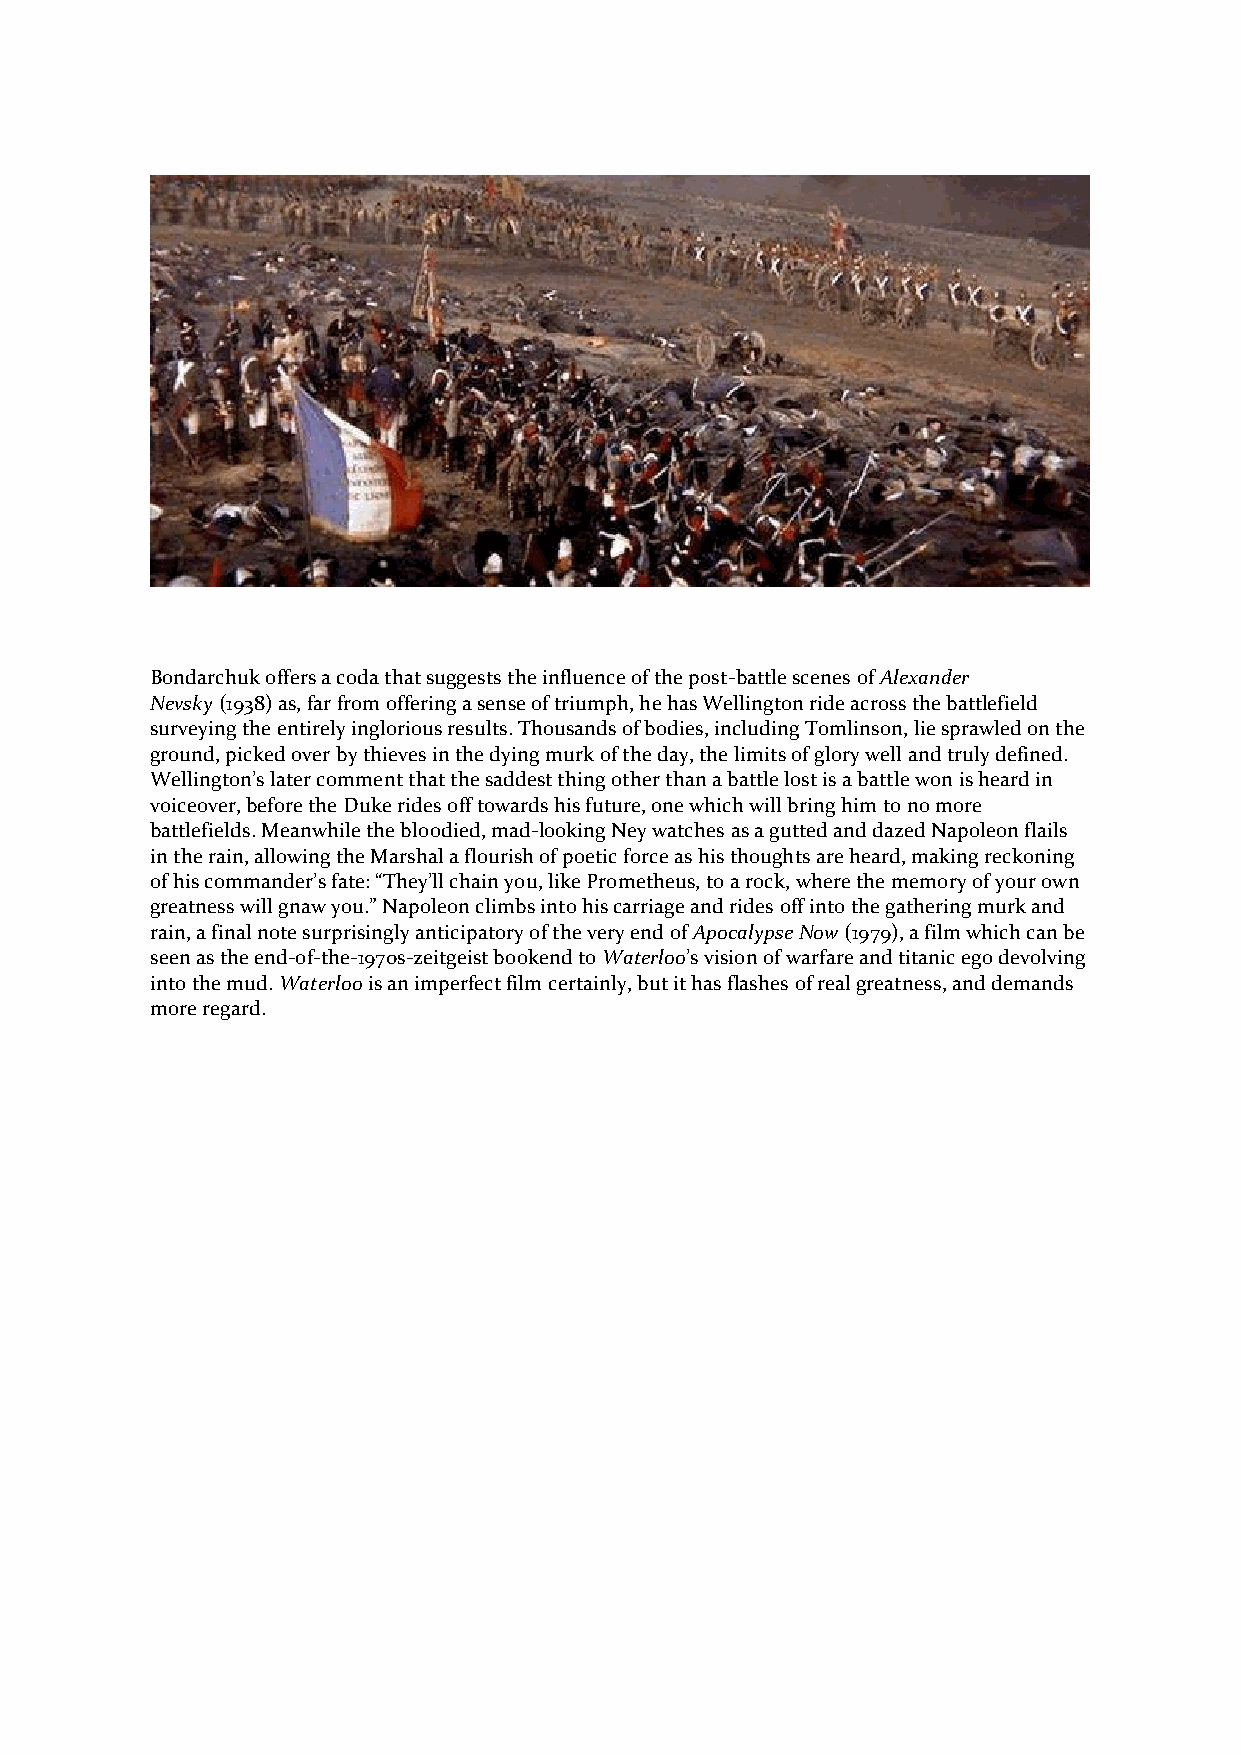
Bondarchuk offers a coda that suggests the influence of the post-battle scenes of Alexander
 Nevsky (1938) as, far from offering a sense of triumph, he has Wellington ride across the battlefield
 surveying the entirely inglorious results. Thousands of bodies, including Tomlinson, lie sprawled on the
 ground, picked over by thieves in the dying murk of the day, the limits of glory well and truly defined.
 Wellington’s later comment that the saddest thing other than a battle lost is a battle won is heard in
 voiceover, before the Duke rides off towards his future, one which will bring him to no more
 battlefields. Meanwhile the bloodied, mad-looking Ney watches as a gutted and dazed Napoleon flails
 in the rain, allowing the Marshal a flourish of poetic force as his thoughts are heard, making reckoning
 of his commander’s fate: “They’ll chain you, like Prometheus, to a rock, where the memory of your own
 greatness will gnaw you.” Napoleon climbs into his carriage and rides off into the gathering murk and
 rain, a final note surprisingly anticipatory of the very end of Apocalypse Now (1979), a film which can be
 seen as the end-of-the-1970s-zeitgeist bookend to Waterloo’s vision of warfare and titanic ego devolving
 into the mud. Waterloo is an imperfect film certainly, but it has flashes of real greatness, and demands
 more regard.